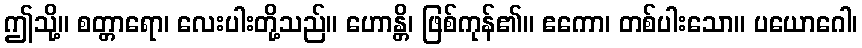
ဤသို့။ စတ္တာရော၊ လေးပါးတို့သည်။ ဟောန္တိ၊ ဖြစ်ကုန်၏။ ဧကော၊ တစ်ပါးသော။ ပယောဂေါ၊